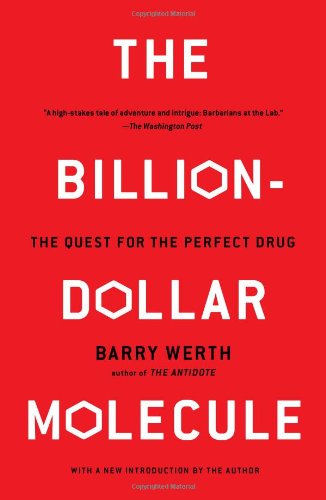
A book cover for The Billion Dollar Molecule: One Company's Quest for the Perfect Drug; Barry Werth; Medical Books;